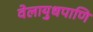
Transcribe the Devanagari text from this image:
वेलायुधपाणि